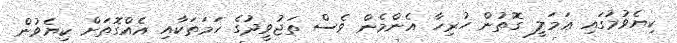
ކިޔެވުމުގައި ޢަމަލީ ގޮތުން ހުރިހާ އެންމެން ވެސް ތަޖުވީދުގެ ހަމަތަކާއި އެއްގޮތަށް ކިޔެވުން